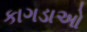
કાગડાઓ